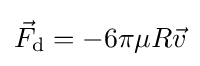
{\vec {F}}_{\rm {d}}=-6\pi \mu R{\vec {v}}